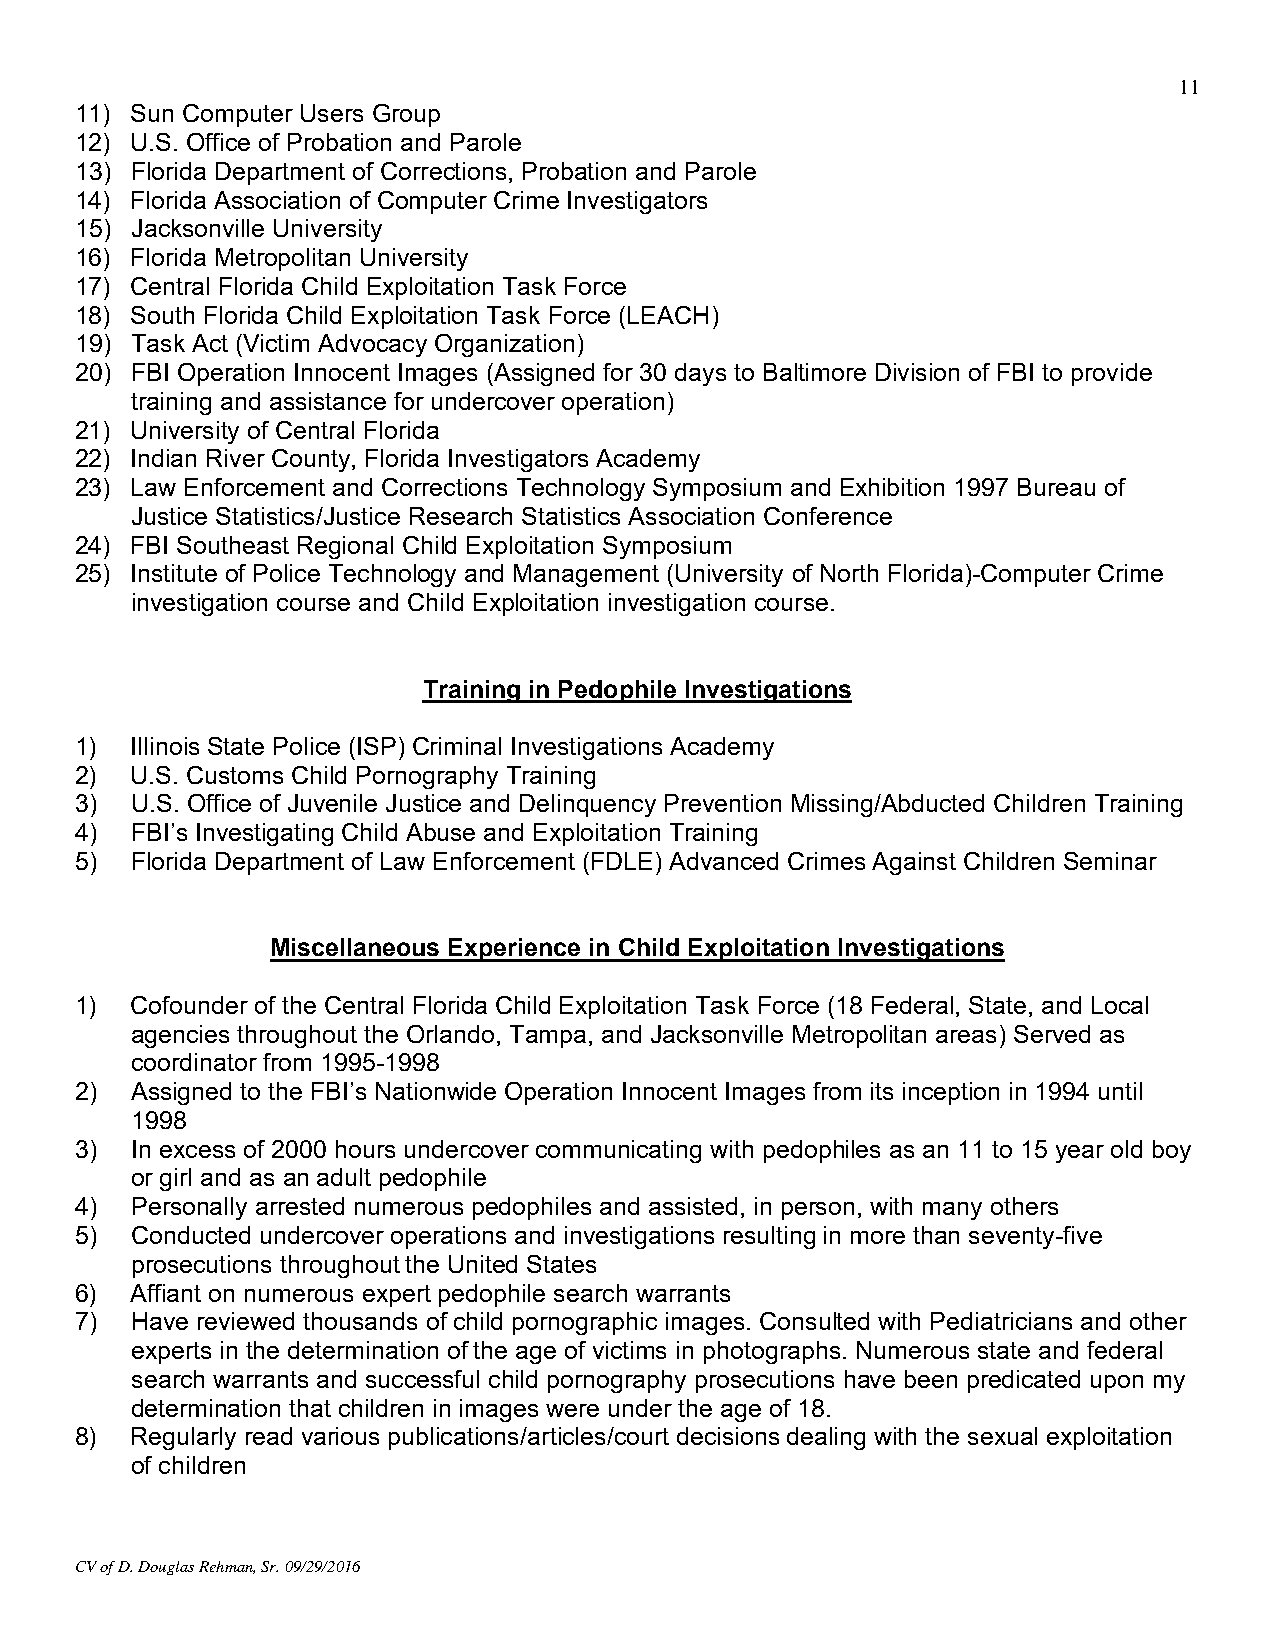
11
 11) Sun Computer Users Group
 12) U.S. Office of Probation and Parole
 13) Florida Department of Corrections, Probation and Parole
 14) Florida Association of Computer Crime Investigators
 15) Jacksonville University
 16) Florida Metropolitan University
 17) Central Florida Child Exploitation Task Force
 18) South Florida Child Exploitation Task Force (LEACH)
 19) Task Act (Victim Advocacy Organization)
 20) FBI Operation Innocent Images (Assigned for 30 days to Baltimore Division of FBI to provide
 training and assistance for undercover operation)
 21) University of Central Florida
 22) Indian River County, Florida Investigators Academy
 23) Law Enforcement and Corrections Technology Symposium and Exhibition 1997 Bureau of
 Justice Statistics/Justice Research Statistics Association Conference
 24) FBI Southeast Regional Child Exploitation Symposium
 25) Institute of Police Technology and Management (University of North Florida)-Computer Crime
 investigation course and Child Exploitation investigation course.
 Training in Pedophile Investigations
 1)  Illinois State Police (ISP) Criminal Investigations Academy
 2)  U.S. Customs Child Pornography Training
 3)  U.S. Office of Juvenile Justice and Delinquency Prevention Missing/Abducted Children Training
 4)  FBI’s Investigating Child Abuse and Exploitation Training
 5)  Florida Department of Law Enforcement (FDLE) Advanced Crimes Against Children Seminar
 Miscellaneous Experience in Child Exploitation Investigations
 1)  Cofounder of the Central Florida Child Exploitation Task Force (18 Federal, State, and Local
 agencies throughout the Orlando, Tampa, and Jacksonville Metropolitan areas) Served as
 coordinator from 1995-1998
 2)  Assigned to the FBI’s Nationwide Operation Innocent Images from its inception in 1994 until
 1998
 3)  In excess of 2000 hours undercover communicating with pedophiles as an 11 to 15 year old boy
 or girl and as an adult pedophile
 4)  Personally arrested numerous pedophiles and assisted, in person, with many others
 5)  Conducted undercover operations and investigations resulting in more than seventy-five
 prosecutions throughout the United States
 6)  Affiant on numerous expert pedophile search warrants
 7)  Have reviewed thousands of child pornographic images. Consulted with Pediatricians and other
 experts in the determination of the age of victims in photographs. Numerous state and federal
 search warrants and successful child pornography prosecutions have been predicated upon my
 determination that children in images were under the age of 18.
 8)  Regularly read various publications/articles/court decisions dealing with the sexual exploitation
 of children
 CV of D. Douglas Rehman, Sr. 09/29/2016